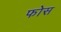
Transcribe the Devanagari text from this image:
फोस